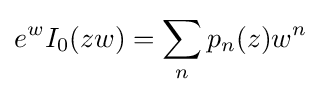
\displaystyle e^{w}I_{0}(zw)=\sum _{n}p_{n}(z)w^{n}